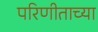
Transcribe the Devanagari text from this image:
परिणीताच्या